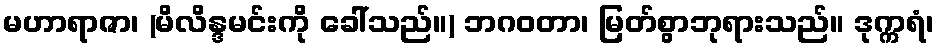
မဟာရာဇာ၊ (မိလိန္ဒမင်းကို ခေါ်သည်။) ဘဂဝတာ၊ မြတ်စွာဘုရားသည်။ ဒုက္ကရံ၊